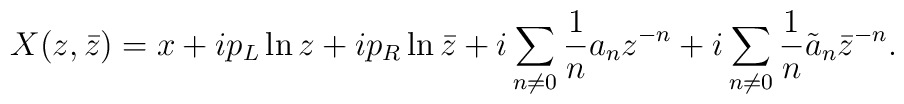
X(z,\bar{z}) =  x + i p_L \ln z + i p_R \ln \bar{z}  +i \sum_{n\neq 0}\frac{1}{n} a_n z^{-n}  +i \sum_{n\neq 0}\frac{1}{n} \tilde{a}_n {\bar z}^{-n}.